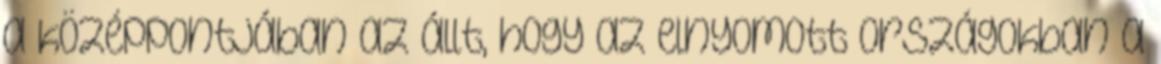
a középpontjában az állt, hogy az elnyomott országokban a